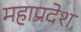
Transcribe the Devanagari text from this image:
महाप्रदेश